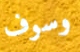
وسوف